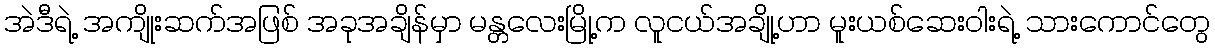
အဲဒီရဲ့ အကျိုးဆက်အဖြစ် အခုအချိန်မှာ မန္တလေးမြို့က လူငယ်အချို့ဟာ မူးယစ်ဆေးဝါးရဲ့ သားကောင်တွေ